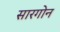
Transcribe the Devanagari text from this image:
सारगोन